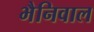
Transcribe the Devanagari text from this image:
भैनिवाल